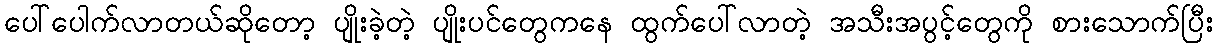
ပေါ်ပေါက်လာတယ်ဆိုတော့ ပျိုးခဲ့တဲ့ ပျိုးပင်တွေကနေ ထွက်ပေါ်လာတဲ့ အသီးအပွင့်တွေကို စားသောက်ပြီး